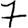
Digit: 7